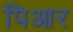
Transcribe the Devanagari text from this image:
पिआर